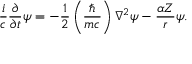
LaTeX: { \frac { i } { c } } { \frac { \partial } { \partial t } } \psi = - { \frac { 1 } { 2 } } \left( { \frac { \hbar } { m c } } \right) \nabla ^ { 2 } \psi - { \frac { \alpha Z } { r } } \psi .